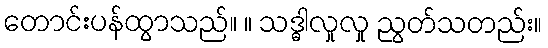
တောင်းပန်ထွာသည်။ ။ သဒ္ဓါလှုလှု ညွတ်သတည်း။